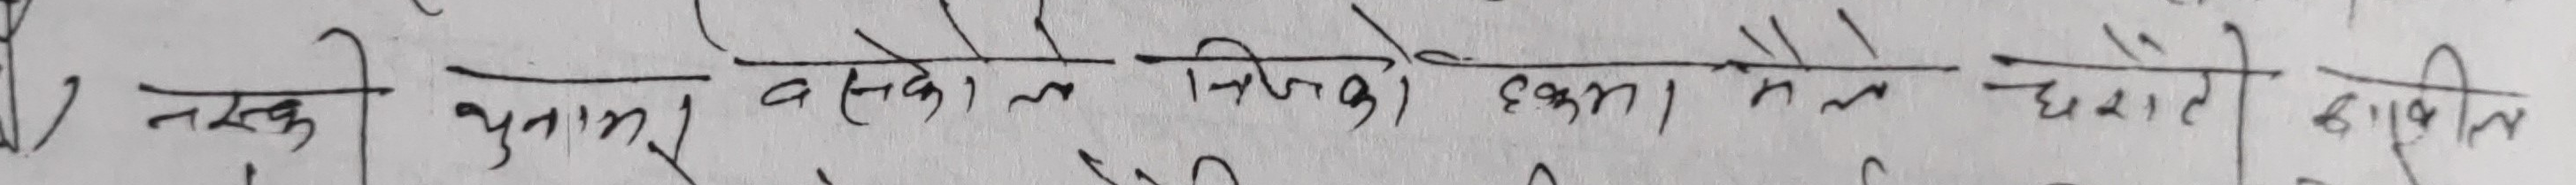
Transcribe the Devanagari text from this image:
नसकी उताके वे कितेको कुभनले घरते उपटिल